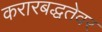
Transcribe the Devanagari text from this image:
करारबद्धतेवर